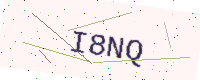
Text: I8NQ